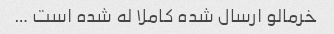
خرمالو ارسال شده کاملا له شده است …